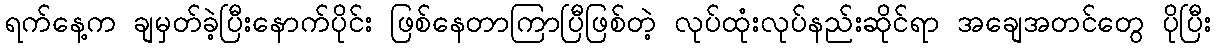
ရက်နေ့က ချမှတ်ခဲ့ပြီးနောက်ပိုင်း ဖြစ်နေတာကြာပြီဖြစ်တဲ့ လုပ်ထုံးလုပ်နည်းဆိုင်ရာ အချေအတင်တွေ ပိုပြီး